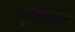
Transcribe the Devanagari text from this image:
भूमिकाकर